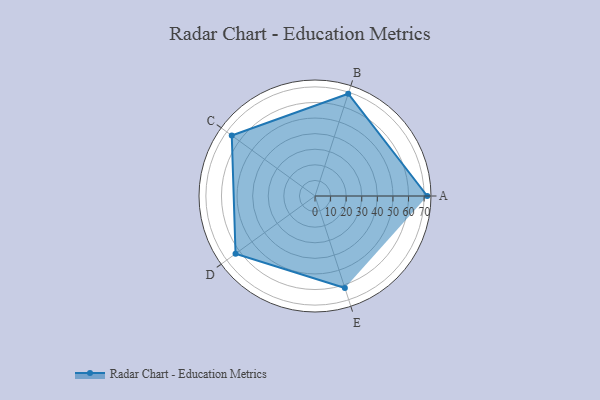
{"axis": {"x": "Skill", "y": "Score"}, "legend": ["Profile"], "data": [{"x": "A", "y": 72.0, "type": "Profile"}, {"x": "B", "y": 69.0, "type": "Profile"}, {"x": "C", "y": 66.0, "type": "Profile"}, {"x": "D", "y": 63.0, "type": "Profile"}, {"x": "E", "y": 62.0, "type": "Profile"}]}